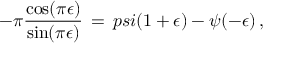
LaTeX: - \pi { \frac { \cos ( \pi \epsilon ) } { \sin ( \pi \epsilon ) } } \, = \, p s i ( 1 + \epsilon ) - \psi ( - \epsilon ) \, ,